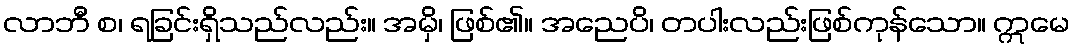
လာဘီ စ၊ ရခြင်းရှိသည်လည်း။ အမှိ၊ ဖြစ်၏။ အညေပိ၊ တပါးလည်းဖြစ်ကုန်သော။ ဣမေ